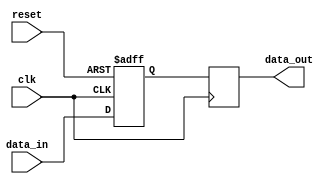
module multi_channel_synchronizer (
    input wire clk,
    input wire reset,
    input wire [7:0] data_in,
    output reg [7:0] data_out
);

// Timing control block
reg [7:0] data_reg;
always @(posedge clk or posedge reset) begin
    if (reset) begin
        data_reg <= 8'b00000000;
    end else begin
        data_reg <= data_in;
    end
end

// Synchronization block
always @(posedge clk) begin
    data_out <= data_reg;
end

endmodule